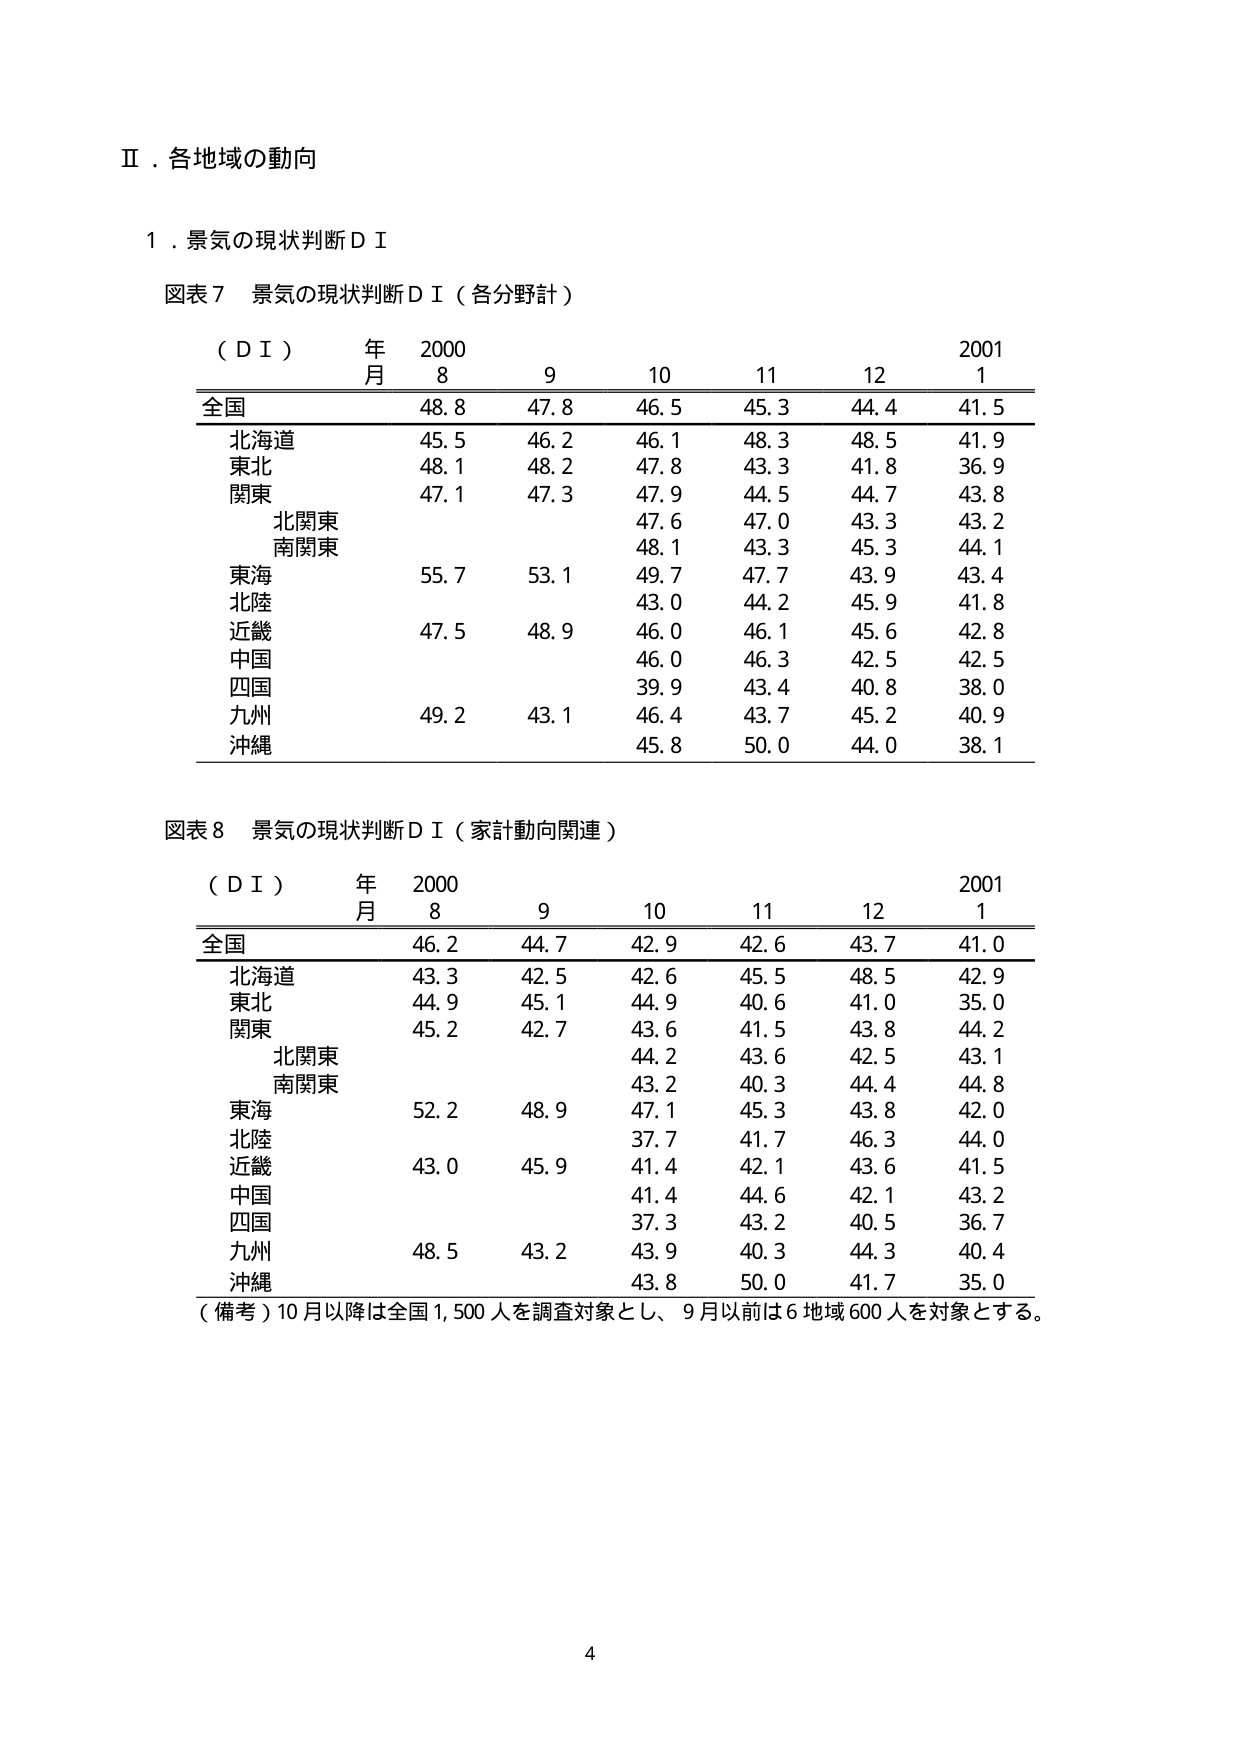
Ⅱ．各地域の動向

１．景気の現状判断ＤＩ

図表７ 景気の現状判断ＤＩ（各分野計）

（ＤＩ） 年 2000 2001
　　　　月 8 9 10 11 12 1

全国 48.8 47.8 46.5 45.3 44.4 41.5
北海道 45.5 46.2 46.1 48.3 48.5 41.9
東北 48.1 48.2 47.8 43.3 41.8 36.9
関東 47.1 47.3 47.9 44.5 44.7 43.8
　　北関東 47.6 47.0 43.3 43.2
　　南関東 48.1 43.3 45.3 44.1
東海 55.7 53.1 49.7 47.7 43.9 43.4
北陸 43.0 44.2 45.9 41.8
近畿 47.5 48.9 46.0 46.1 45.6 42.8
中国 46.0 46.3 42.5 42.5
四国 39.9 43.4 40.8 38.0
九州 49.2 43.1 46.4 43.7 45.2 40.9
沖縄 45.8 50.0 44.0 38.1

図表８ 景気の現状判断ＤＩ（家計動向関連）

（ＤＩ） 年 2000 2001
　　　　月 8 9 10 11 12 1

全国 46.2 44.7 42.9 42.6 43.7 41.0
北海道 43.3 42.5 42.6 45.5 48.5 42.9
東北 44.9 45.1 44.9 40.6 41.0 35.0
関東 45.2 42.7 43.6 41.5 43.8 44.2
　　北関東 44.2 43.6 42.5 43.1
　　南関東 43.2 40.3 44.4 44.8
東海 52.2 48.9 47.1 45.3 43.8 42.0
北陸 37.7 41.7 46.3 44.0
近畿 43.0 45.9 41.4 42.1 43.6 41.5
中国 41.4 44.6 42.1 43.2
四国 37.3 43.2 40.5 36.7
九州 48.5 43.2 43.9 40.3 44.3 40.4
沖縄 43.8 50.0 41.7 35.0

（備考）10月以降は全国1,500人を調査対象とし、9月以前は6地域600人を対象とする。

4